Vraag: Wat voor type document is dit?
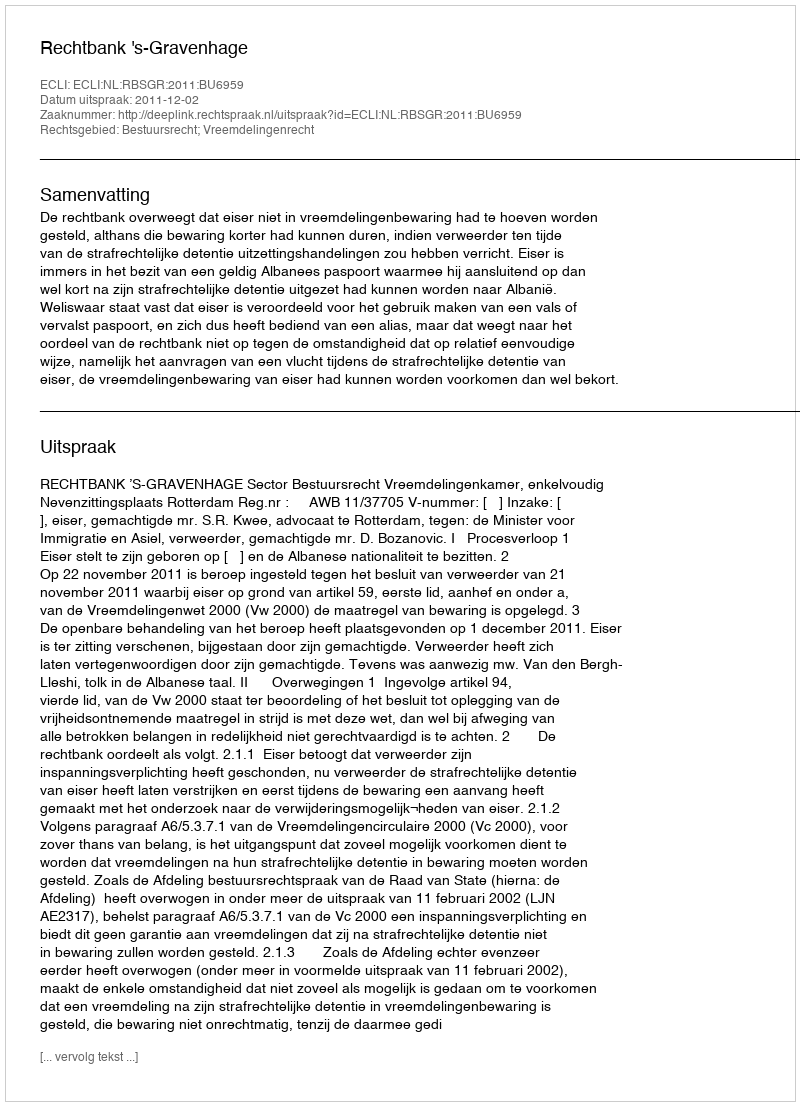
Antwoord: Uitspraak